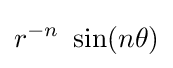
r^{-n}~\sin(n\theta )